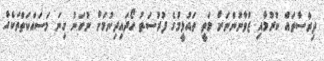
ދިރާސާތައް ކުރުމާއި ޒުވާނުންނަށް މަތީ ތައުލީމުގެ ފުރުސަތު ހޯދައިދިނުމަށް ނުހަނު ގިނަ މަސައްކަތްތަކެއް